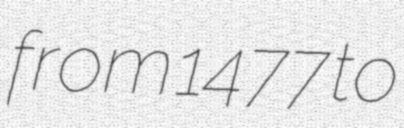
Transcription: from 1477 to